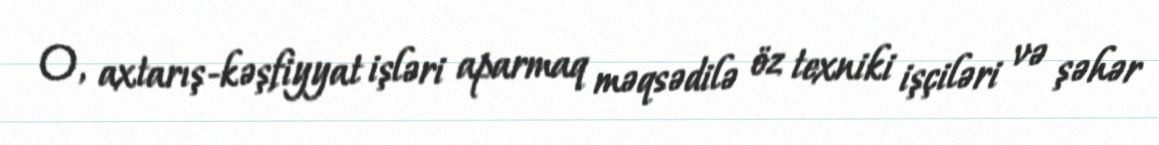
O, axtarış-kəşfiyyat işləri aparmaq məqsədilə öz texniki işçiləri və şəhər